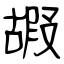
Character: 嘏